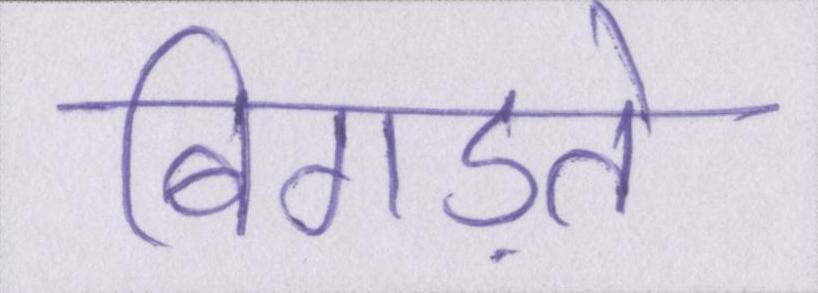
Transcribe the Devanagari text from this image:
बिगड़ते